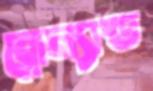
ব্লোল্যান্ড